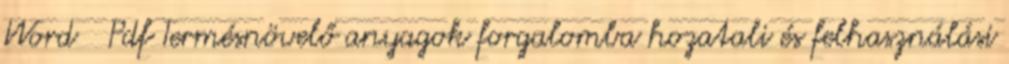
Word Pdf Termésnövelő anyagok forgalomba hozatali és felhasználási